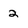
Character: 2